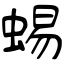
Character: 蝪